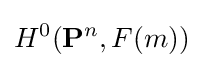
H^{0}(\mathbf {P} ^{n},F(m))